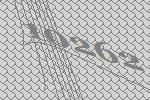
10262